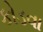
કોડવા